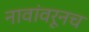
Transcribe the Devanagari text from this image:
नावांवरूनच